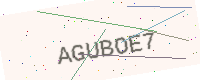
Text: AGUBOE7